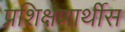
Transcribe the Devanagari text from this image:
प्रशिक्षणार्थीस